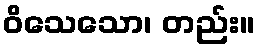
ဝိသေသော၊ တည်း။